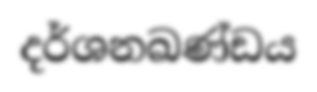
දර්ශනඛණ්ඩය